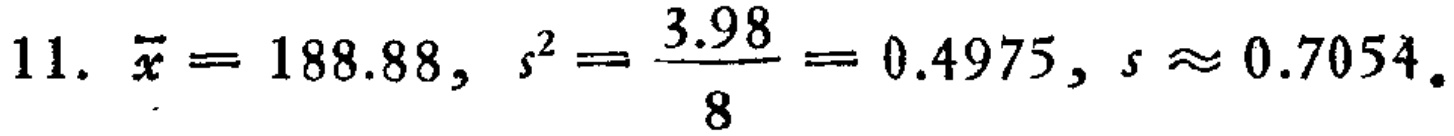
11. $\overline{x}=188.88,\ s^{2}=\frac{3.98}{8}=0.4975,\ s\approx0.7054.$